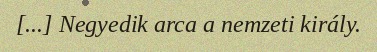
[...] Negyedik arca a nemzeti király.